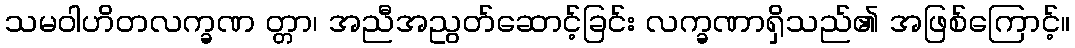
သမဝါဟိတလက္ခဏ တ္တာ၊ အညီအညွတ်ဆောင့်ခြင်း လက္ခဏာရှိသည်၏ အဖြစ်ကြောင့်။